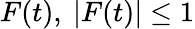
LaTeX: F(t),\ \vert F(t)\vert\leq 1